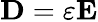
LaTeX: {\mathbf D}=\varepsilon{\mathbf E}